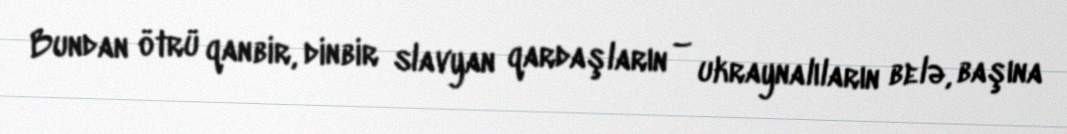
Bundan ötrü qanbir, dinbir slavyan qardaşların – ukraynalıların belə, başına